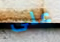
على